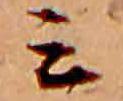
ミ